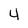
Character: 4